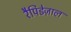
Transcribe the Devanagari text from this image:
रैपिडेज़ाल